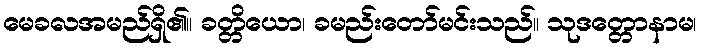
မေခလအမည်ရှိ၏။ ခတ္တိယော၊ ခမည်းတော်မင်းသည်။ သုဒတ္တောနာမ၊